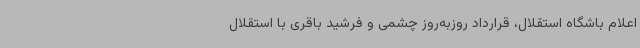
اعلام باشگاه استقلال، قرارداد روزبه‌روز چشمی و فرشید باقری با استقلال